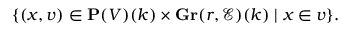
\{ ( x , v ) \in \mathbf { P } ( V ) ( k ) \times \mathbf { G r } ( r , { \mathcal { E } } ) ( k ) \mid x \in v \} .